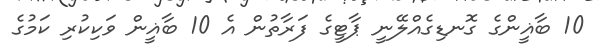
10 ބާޣީންގެ ގޮނޑިގެއްލޭނީ ޕާޓީގެ ފަރާތުން އެ 10 ބާޣީން ވަކިކުރި ކަމުގެ